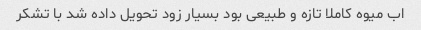
اب میوه کاملا تازه و طبیعی بود بسیار زود تحویل داده شد با تشکر